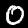
Label: 0